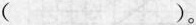
（）。